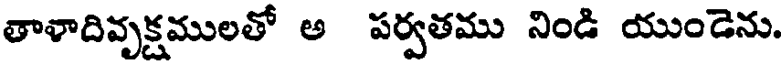
తాళాదివృక్షములతో అ పర్వతము నిండి యుండెను.